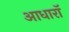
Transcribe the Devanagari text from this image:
आधारॉ